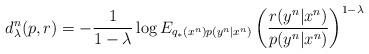
LaTeX: \begin{align*} d^n_\lambda(p,r)=-\frac{1}{1-\lambda}\log E_{q_*(x^n)p(y^n|x^n)} \left(\frac{r(y^n|x^n)}{p(y^n|x^n)}\right)^{1-\lambda}\end{align*}